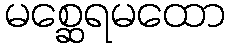
မစ္ဆေရမထော